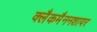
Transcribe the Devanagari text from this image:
क्लैकमैननशायर